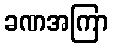
ခဏအကြာ